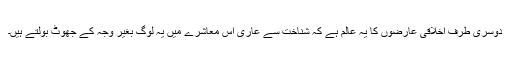
دوسری طرف اخلاقی عارضوں کا یہ عالم ہے کہ شناخت سے عاری اس معاشرے میں یہ لوگ بغیر وجہ کے جھوٹ بولتے ہیں۔